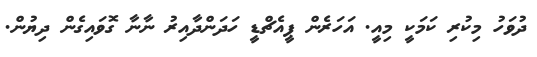
ދުވަހު މިކުރި ކަމަކީ މިއީ. އަހަރެން ޕީއެޗްޑީ ހަދަންދާއިރު ނާނާ ގޮވައިގެން ދިޔުން.